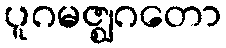
ပူဂမဇ္ဈဂတော